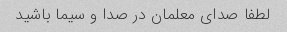
لطفا صدای معلمان در صدا و سیما باشید